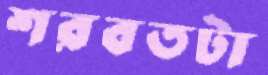
শরবতটা